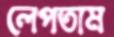
লেপতাম